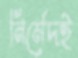
নির্মেদই